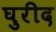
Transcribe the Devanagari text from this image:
घुरीद